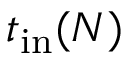
t _ { \mathrm { i n } } ( N )